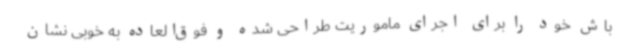
باش خود را برای اجرای ماموریت طراحی شده و فوق‌العاده به خوبی نشان